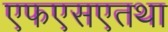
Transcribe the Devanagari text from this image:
एफएसएतथा